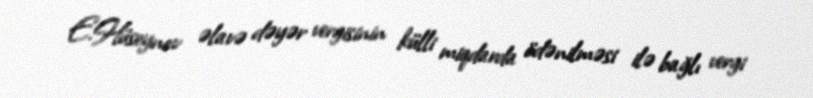
E.Hüseynov əlavə dəyər vergisinin külli miqdarda ödənilməsi ilə bağlı vergi